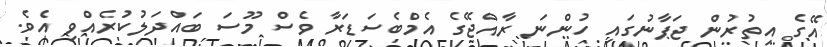
އޭގެ އިތުރުން ޖަޕާނުގައި ހުންނަ ރާއްޖޭގެ އެމްބެސަޑަރާ ވެސް މޫސަ ބައްދަލުކުރެއްވި އެވެ.